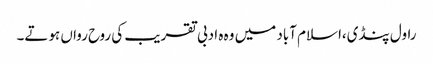
راول پنڈی،اسلام آباد میں وہ ہ ادبی تقریب کی روح رواں ہوتے۔